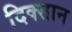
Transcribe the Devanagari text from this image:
दिक्सान